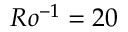
R o ^ { - 1 } = 2 0